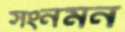
সংনমন